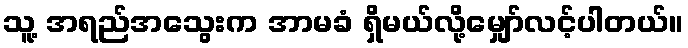
သူ့ အရည်အသွေးက အာမခံ ရှိမယ်လို့မျှော်လင့်ပါတယ်။